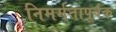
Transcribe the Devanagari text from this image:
निमर्मतापूर्वक